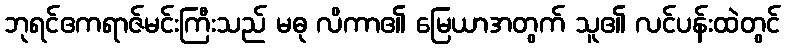
ဘုရင်ဧကရာဇ်မင်းကြီးသည် မဓု လိကာ၏ မြေယာအတွက် သူ၏ လင်ပန်းထဲတွင်